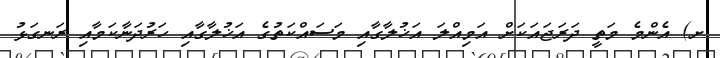
ށ) އެންމެ މަތީ ދަރަޖައަކަށް އަމިއްލަ އަޚުލާގާއި މަސައްކަތުގެ އަޚުލާގާއި ހަރުދަނާކަމާއި ރަނގަޅު